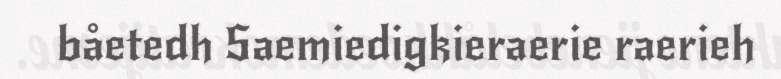
båetedh Saemiedigkieraerie raerieh